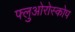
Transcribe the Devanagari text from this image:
फ्लुओरोस्कोप